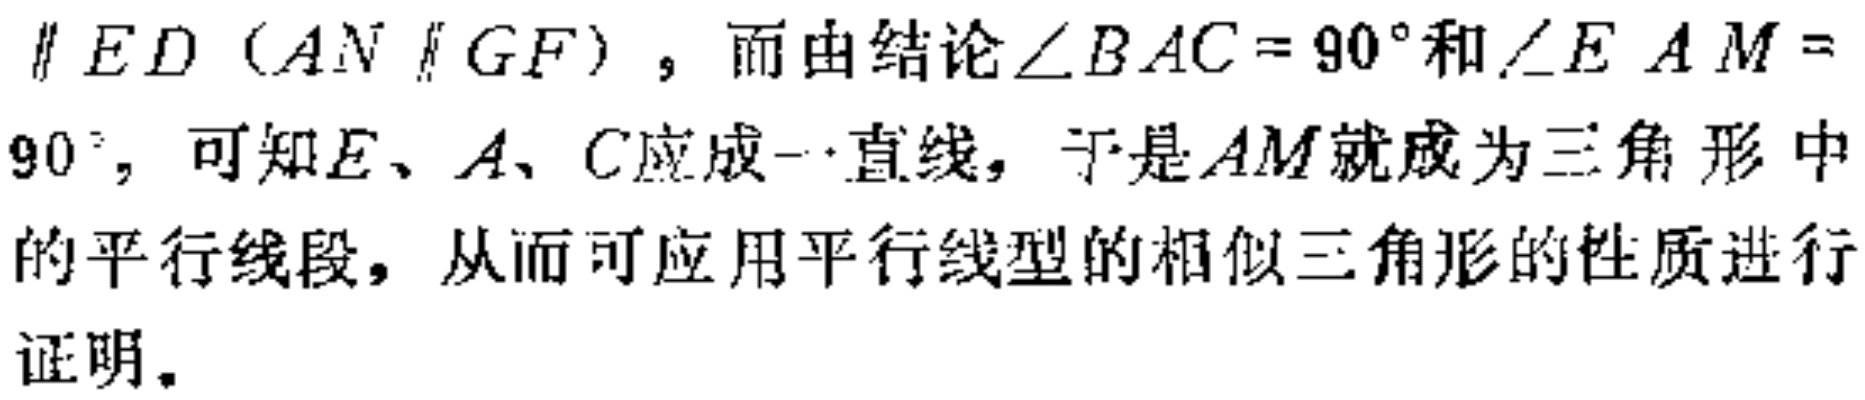
$\parallel ED（AN\parallel GF）$，而由结论$\angle BAC = 90^{\circ}$和$\angle EAM = 90^{\circ}$，可知$E、A、C$应成一直线，于是$AM$就成为三角形中的平行线段，从而可应用平行线型的相似三角形的性质进行证明。